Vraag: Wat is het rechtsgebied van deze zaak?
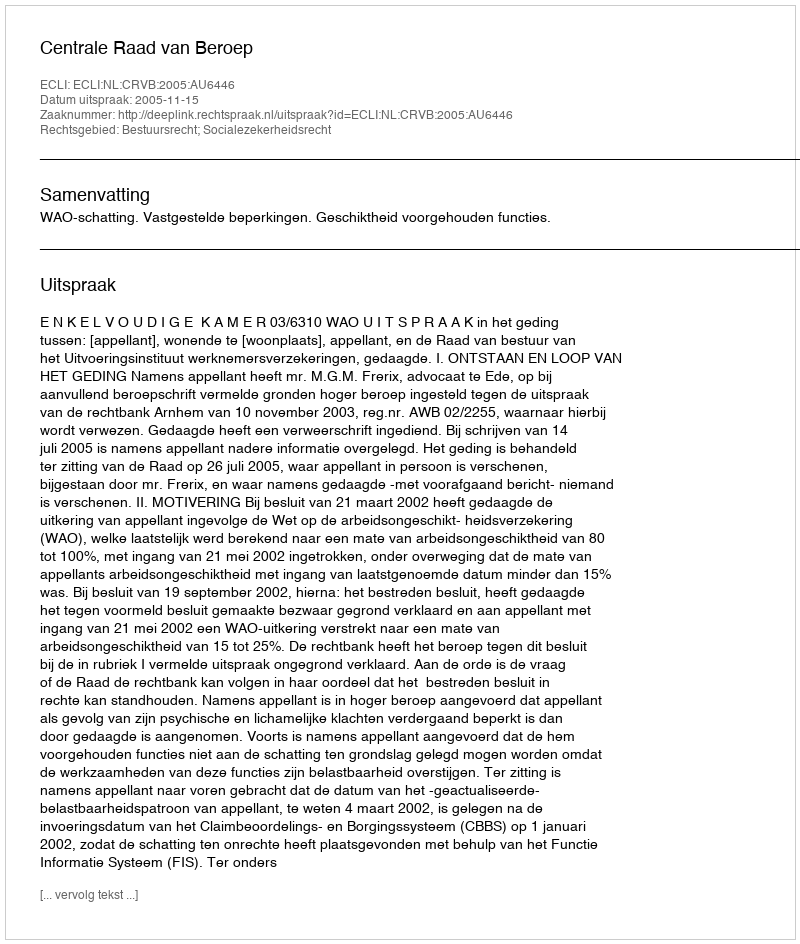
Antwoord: Bestuursrecht; Socialezekerheidsrecht